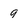
Character: 9